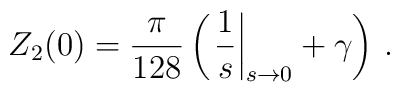
Z_2(0)=\frac{\pi}{128}\left(\left.\frac{1}{s}\right|_{s\to0}+\gamma\right)\,.